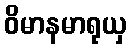
ဝိမာနမာရုယှ